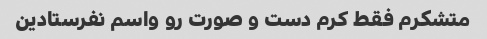
متشکرم فقط کرم دست و صورت رو واسم نفرستادین